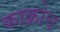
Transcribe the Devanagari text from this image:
काक्रोच